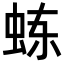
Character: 𬟾